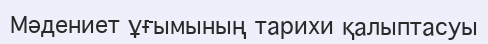
Мәдениет ұғымының тарихи қалыптасуы